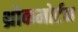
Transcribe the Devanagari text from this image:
थ्रोकमोर्टन